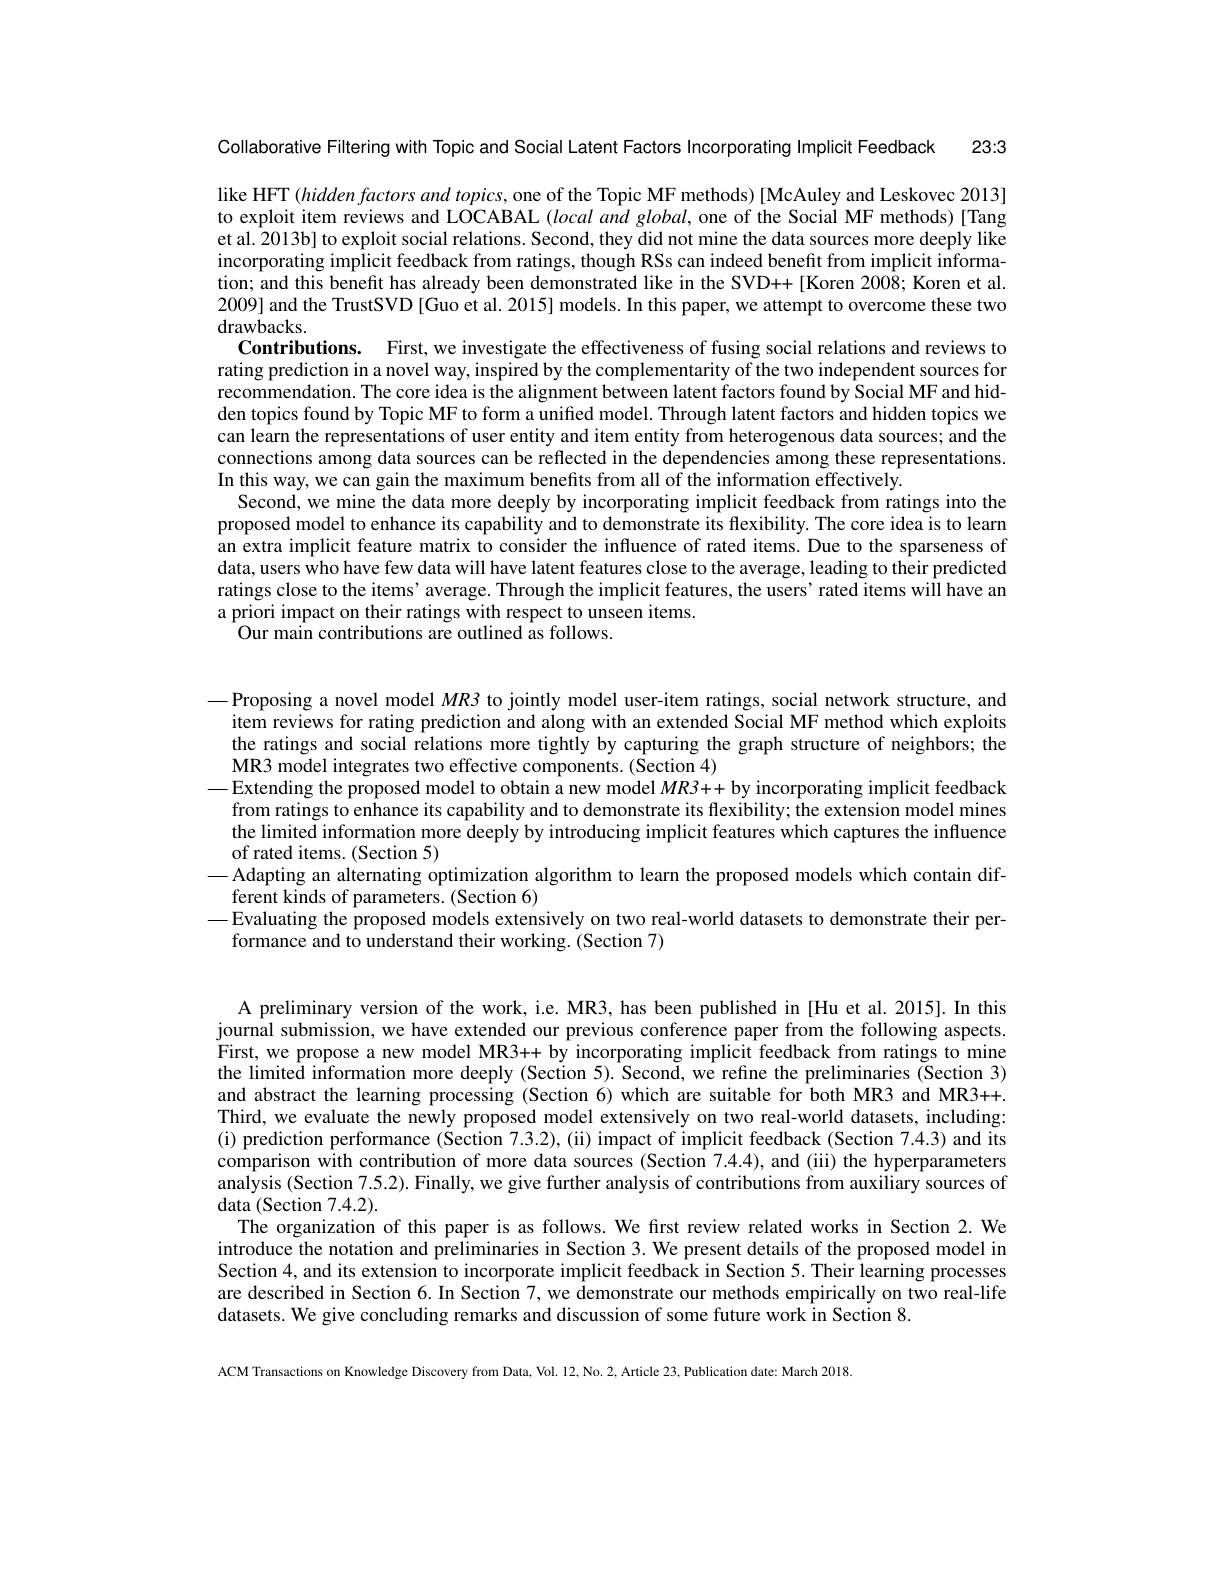
Collaborative Filtering with Topic and Social Latent Factors Incorporating Implicit Feedback 23:3

like HFT $(hiddenfactorsand$ topics, one of the Topic MF methods) [McAuley and Leskovec 2013] to exploit item reviews and LOCABAL $( local\textit{and global, one of the Social MF methods) [ Tang}$ et al. 2013b] to exploit social relations. Second, they did not mine the data sources more deeply like incorporating implicit feedback from ratings, though RSs can indeed benefit from implicit information; and this benefit has already been demonstrated like in the SVD++[Koren 2008; Koren et al. 2009] and the TrustSVD [Guo et al. 2015] models. In this paper, we attempt to overcome these two drawbacks.
Contributions. First, we investigate the effectiveness of fusing social relations and reviews to rating prediction in a novel way, inspired by the complementarity of the two independent sources for recommendation. The core idea is the alignment between latent factors found by Social MF and hidden topics found by Topic MF to form a unified model. Through latent factors and hidden topics we can learn the representations of user entity and item entity from heterogenous data sources; and the connections among data sources can be reflected in the dependencies among these representations In this way, we can gain the maximum benefits from all of the information effectively
Second, we mine the data more deeply by incorporating implicit feedback from ratings into the proposed model to enhance its capability and to demonstrate its flexibility. The core idea is to learn an extra implicit feature matrix to consider the influence of rated items. Due to the sparseness of data, users who have few data will have latent features close to the average, leading to their predicted ratings close to the items' average. Through the implicit features, the users' rated items will have an a priori impact on their ratings with respect to unseen items.
Our main contributions are outlined as follows.

—Proposing a novel model $MR3$ to jointly model user-item ratings, social network structure, and
item reviews for rating prediction and along with an extended Social MF method which exploits the ratings and social relations more tightly by capturing the graph structure of neighbors; the MR3 model integrates two effective components. (Section 4)
-Extending the proposed model to obtain a new model $MR3++$ by incorporating implicit feedback
from ratings to enhance its capability and to demonstrate its flexibility; the extension model mines the limited information more deeply by introducing implicit features which captures the influence of rated items. (Section 5)
Adapting an alternating optimization algorithm to learn the proposed models which contain dif-
ferent kinds of parameters. (Section 6)
$—$Evaluating the proposed models extensively on two real-world datasets to demonstrate their per-
formance and to understand their working. (Section 7)

A preliminary version of the work, i.e. MR3, has been published in [Hu et al.2015]. In this journal submission, we have extended our previous conference paper from the following aspects. First, we propose a new model MR3++ by incorporating implicit feedback from ratings to mine the limited information more deeply (Section 5). Second, we refıne the preliminaries (Section 3) and abstract the learning processing (Section 6) which are suitable for both MR3 and MR3++. Third, we evaluate the newly proposed model extensively on two real-world datasets, including: (i) prediction performance (Section 7.3.2), (ii) impact of implicit feedback (Section 7.4.3) and its comparison with contribution of more data sources (Section 7.4.4), and (iii) the hyperparameters analysis (Section 7.5.2). Finally, we give further analysis of contributions from auxiliary sources of data (Section 7.4.2).
The organization of this paper is as follows. We fırst review related works in Section 2. We introduce the notation and preliminaries in Section 3. We present details of the proposed model in Section 4, and its extension to incorporate implicit feedback in Section 5. Their learning processes are described in Section 6. In Section 7, we demonstrate our methods empirically on two real-life datasets. We give concluding remarks and discussion of some future work in Section 8.

ACM Transactions on Knowledge Discovery from Data, Vol. 12, No. 2, Article 23, Publication date: March 2018